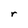
Character: r